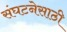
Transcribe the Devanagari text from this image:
संघटनेसाठी